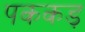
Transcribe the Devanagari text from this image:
पककड़